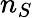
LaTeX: n_{S}